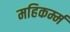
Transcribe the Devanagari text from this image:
महिकर्म्म